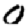
Digit: 0